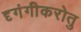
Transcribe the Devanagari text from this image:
दृगंगीकरोतु